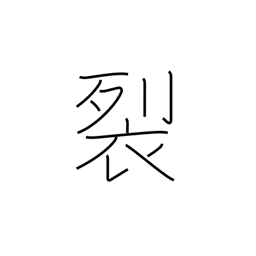
Meaning: rend